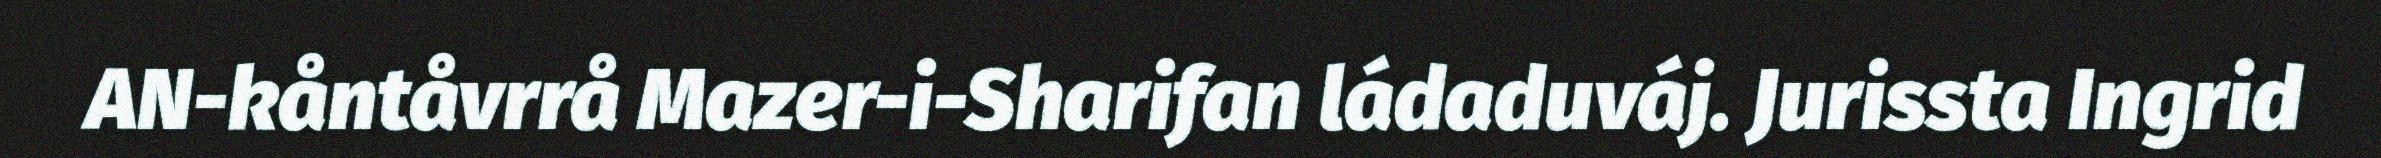
AN-kåntåvrrå Mazer-i-Sharifan ládaduváj. Jurissta Ingrid